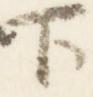
下